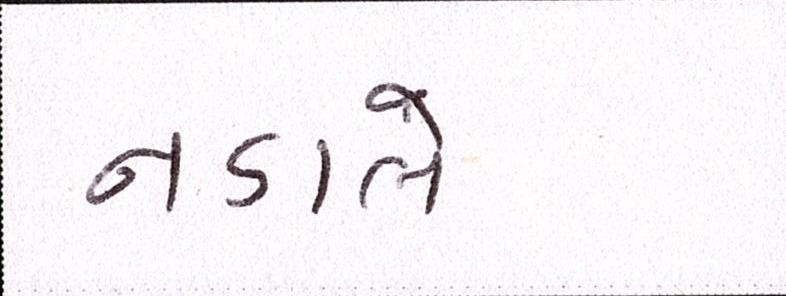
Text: નડાલે